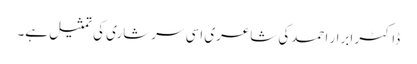
ڈاکٹر ابرار احمدکی شاعری اسی سرشاری کی تمثیل ہے۔